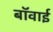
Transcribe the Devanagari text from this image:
बॉवाई